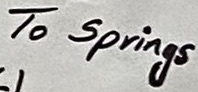
Text: To Springs